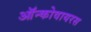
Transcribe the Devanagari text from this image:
ऑन्कोवायरस